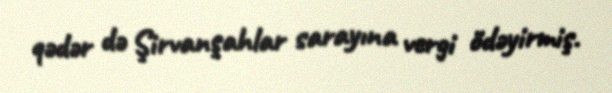
qədər də Şirvanşahlar sarayına vergi ödəyirmiş.